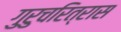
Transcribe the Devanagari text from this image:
गुरुचरित्रास